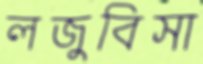
লজুবিসা